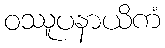
ဝဿူပနာယိကံ